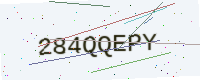
Text: 284QQEPY